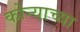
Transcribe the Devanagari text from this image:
कोन्याच्या